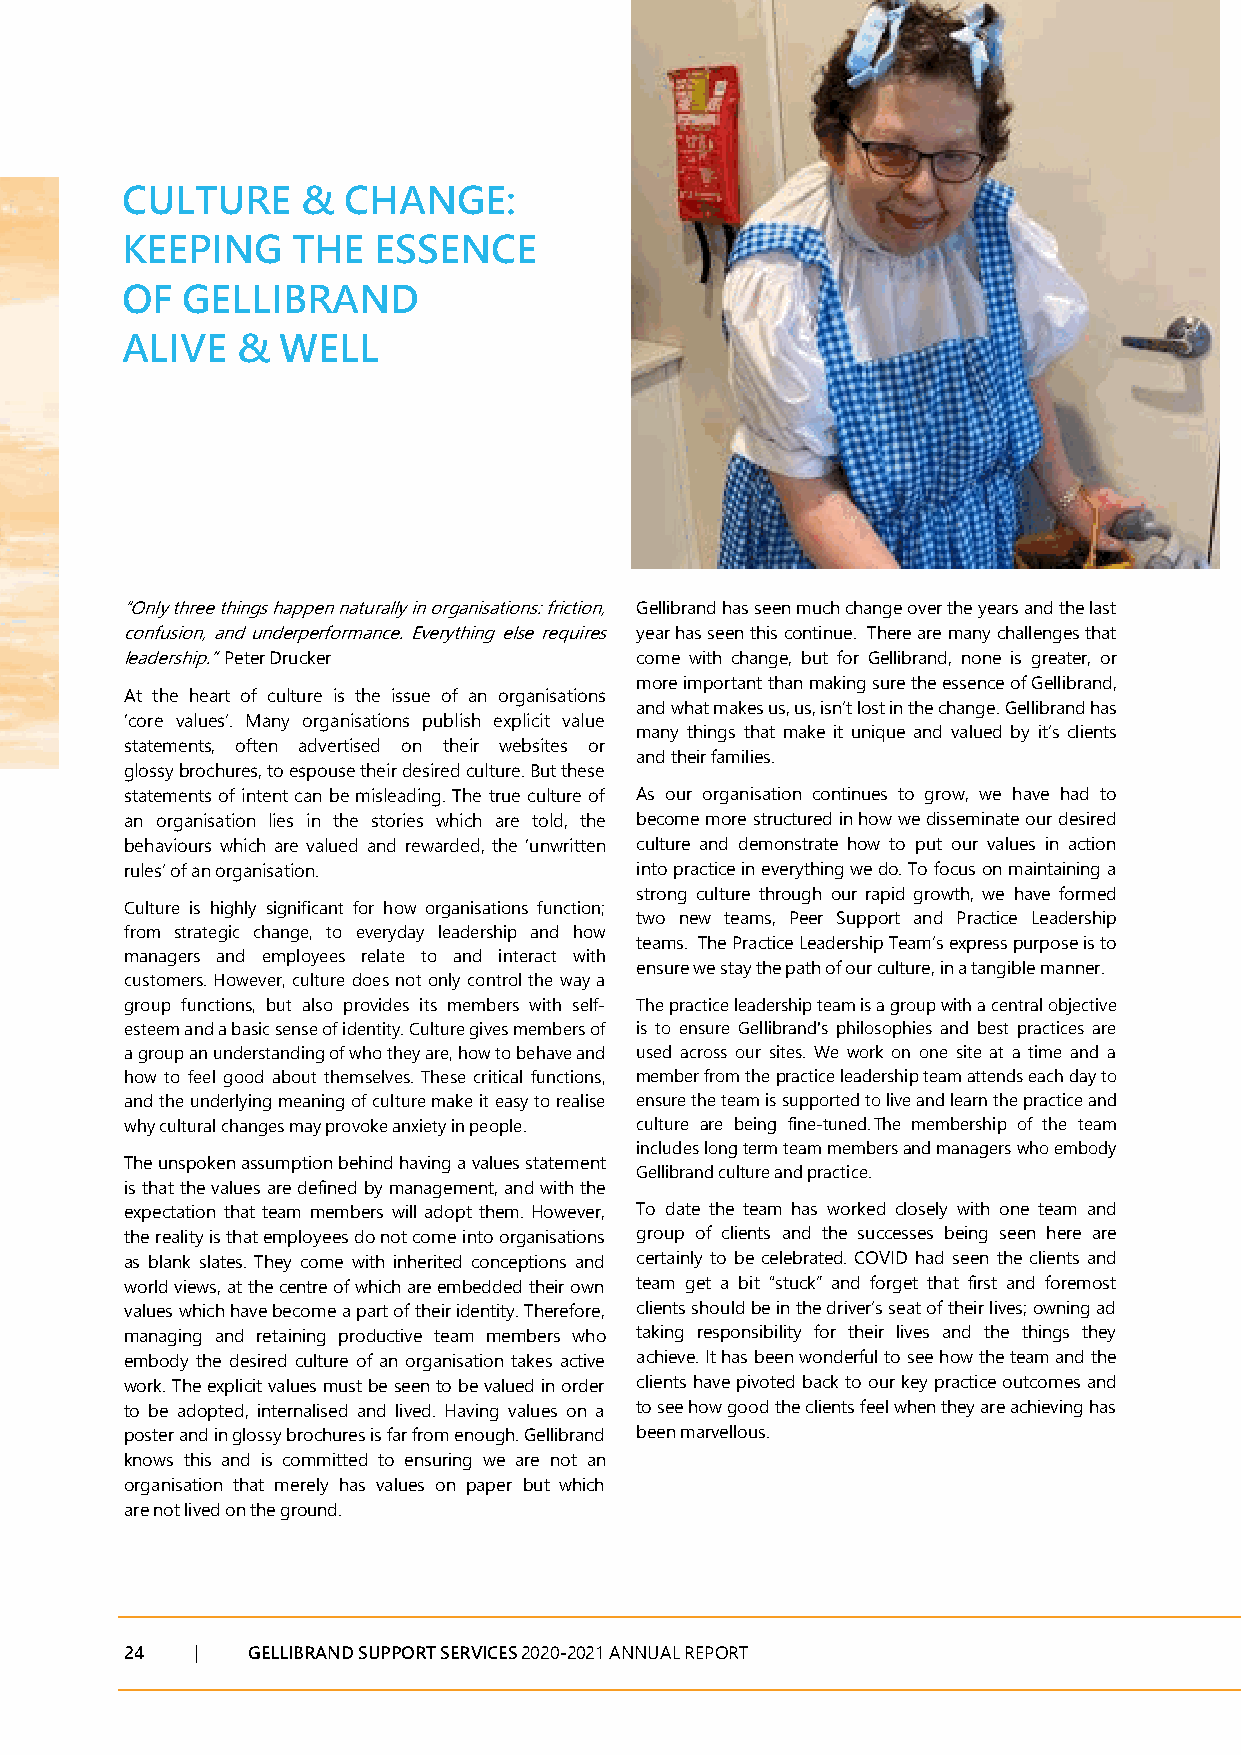
CULTURE     &  CHANGE:
 KEEPING    THE   ESSENCE
 OF  GELLIBRAND
 ALIVE   & WELL
 “Only three things happen naturally in organisations: friction, Gellibrand has seen much change over the years and the last
 confusion, and underperformance. Everything else requires year has seen this continue. There are many challenges that
 leadership.” Peter Drucker        come with change, but for Gellibrand, none is greater, or
 more important than making sure the essence of Gellibrand,
 At the heart of culture is the issue of an organisations
 and what makes us, us, isn’t lost in the change. Gellibrand has
 ‘core values’. Many organisations publish explicit value
 many things that make it unique and valued by it’s clients
 statements, often advertised on their websites or
 and their families.
 glossy brochures, to espouse their desired culture. But these
 statements of intent can be misleading. The true culture of As our organisation continues to grow, we have had to
 an organisation lies in the stories which are told, the become more structured in how we disseminate our desired
 behaviours which are valued and rewarded, the ‘unwritten culture and demonstrate how to put our values in action
 rules’ of an organisation.        into practice in everything we do. To focus on maintaining a
 strong culture through our rapid growth, we have formed
 Culture is highly significant for how organisations function;
 two new teams, Peer Support and Practice Leadership
 from strategic change, to everyday leadership and how
 teams. The Practice Leadership Team’s express purpose is to
 managers and employees relate to and interact with
 ensure we stay the path of our culture, in a tangible manner.
 customers. However, culture does not only control the way a
 group functions, but also provides its members with self- The practice leadership team is a group with a central objective
 esteem and a basic sense of identity. Culture gives members of is to ensure Gellibrand's philosophies and best practices are
 a group an understanding of who they are, how to behave and used across our sites. We work on one site at a time and a
 how to feel good about themselves. These critical functions, member from the practice leadership team attends each day to
 and the underlying meaning of culture make it easy to realise ensure the team is supported to live and learn the practice and
 why cultural changes may provoke anxiety in people. culture are being fine-tuned. The membership of the team
 includes long term team members and managers who embody
 The unspoken assumption behind having a values statement
 Gellibrand culture and practice.
 is that the values are defined by management, and with the
 expectation that team members will adopt them. However, To date the team has worked closely with one team and
 the reality is that employees do not come into organisations group of clients and the successes being seen here are
 as blank slates. They come with inherited conceptions and certainly to be celebrated. COVID had seen the clients and
 world views, at the centre of which are embedded their own team get a bit “stuck” and forget that first and foremost
 values which have become a part of their identity. Therefore, clients should be in the driver’s seat of their lives; owning ad
 managing and retaining productive team members who taking responsibility for their lives and the things they
 embody the desired culture of an organisation takes active achieve. It has been wonderful to see how the team and the
 work. The explicit values must be seen to be valued in order clients have pivoted back to our key practice outcomes and
 to be adopted, internalised and lived. Having values on a to see how good the clients feel when they are achieving has
 poster and in glossy brochures is far from enough. Gellibrand been marvellous.
 knows this and is committed to ensuring we are not an
 organisation that merely has values on paper but which
 are not lived on the ground.
 24   |  GELLIBRAND SUPPORT SERVICES 2020-2021 ANNUAL REPORT